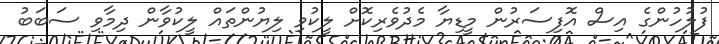
ފުލުހުންގެ އިސް އޮފިސަރުން މީޑިޔާ މެދުވެރިކޮށް ލީކުވި ލިޔުންތައް ލީކުވާން ދިމާވި ސަބަބު